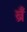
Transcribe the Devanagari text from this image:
ब्रँ